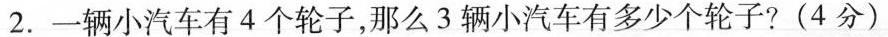
2.一辆小汽车有4个轮子，那么3辆小汽车有多少个轮子？(4分)